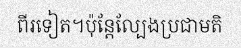
ពីរទៀត។ប៉ុន្តែល្បែងប្រជាមតិ